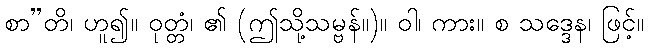
စာ”တိ၊ ဟူ၍။ ဝုတ္တံ၊ ၏ (ဤသို့သမ္ဗန်။)။ ဝါ၊ ကား။ စ သဒ္ဒေန၊ ဖြင့်။